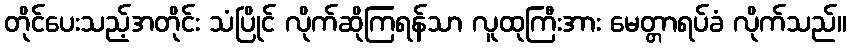
တိုင်ပေးသည့်အတိုင်း သံပြိုင် လိုက်ဆိုကြရန်သာ လူထုကြီးအား မေတ္တာရပ်ခံ လိုက်သည်။